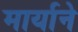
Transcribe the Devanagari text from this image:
मार्याने